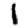
Digit: 1